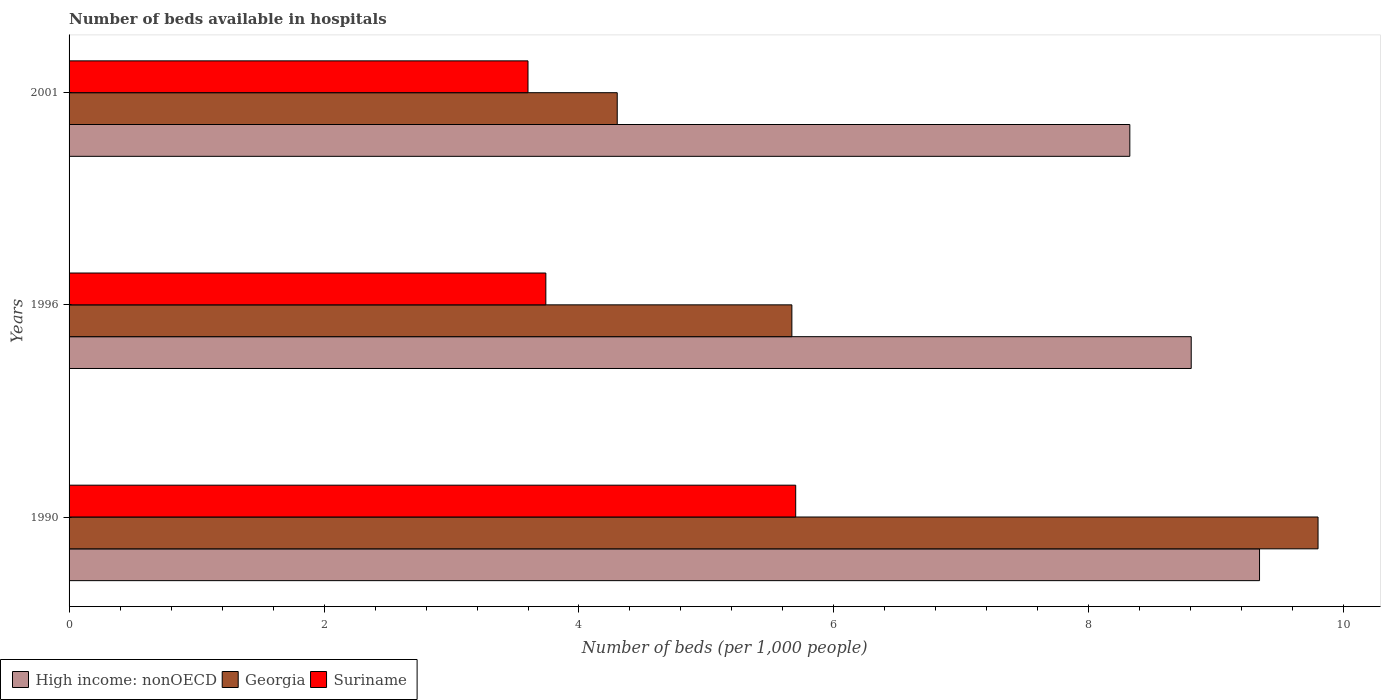
| Years | High income: nonOECD | Georgia | Suriname |
 | --- | --- | --- | --- |
 | 1990 | 9.34 | 9.8 | 5.7 |
 | 1996 | 8.8 | 5.67 | 3.74 |
 | 2001 | 8.32 | 4.3 | 3.6 |